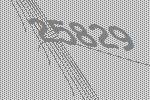
25829